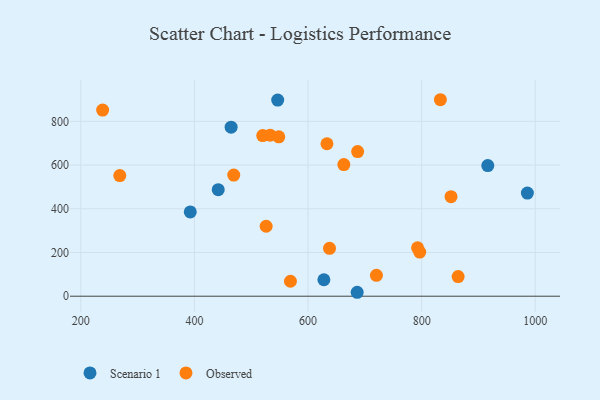
{"axis": {"x": "Speed", "y": "Exam Score"}, "legend": ["Observed", "Scenario 1"], "data": [{"x": "986.1", "y": 472.0, "type": "Scenario 1"}, {"x": "392.7", "y": 385.6, "type": "Scenario 1"}, {"x": "546.6", "y": 897.3, "type": "Scenario 1"}, {"x": "916.4", "y": 597.7, "type": "Scenario 1"}, {"x": "441.9", "y": 487.5, "type": "Scenario 1"}, {"x": "464.6", "y": 773.3, "type": "Scenario 1"}, {"x": "686.5", "y": 18.0, "type": "Scenario 1"}, {"x": "627.9", "y": 75.2, "type": "Scenario 1"}, {"x": "864.2", "y": 89.8, "type": "Observed"}, {"x": "687.3", "y": 661.8, "type": "Observed"}, {"x": "851.7", "y": 455.5, "type": "Observed"}, {"x": "720.4", "y": 95.6, "type": "Observed"}, {"x": "637.8", "y": 219.0, "type": "Observed"}, {"x": "833.0", "y": 899.0, "type": "Observed"}, {"x": "469.2", "y": 554.3, "type": "Observed"}, {"x": "526.3", "y": 320.1, "type": "Observed"}, {"x": "520.2", "y": 734.8, "type": "Observed"}, {"x": "796.6", "y": 202.0, "type": "Observed"}, {"x": "548.5", "y": 729.4, "type": "Observed"}, {"x": "792.8", "y": 221.3, "type": "Observed"}, {"x": "633.3", "y": 697.6, "type": "Observed"}, {"x": "569.0", "y": 68.4, "type": "Observed"}, {"x": "268.6", "y": 552.1, "type": "Observed"}, {"x": "533.3", "y": 736.9, "type": "Observed"}, {"x": "238.4", "y": 851.8, "type": "Observed"}, {"x": "663.0", "y": 602.4, "type": "Observed"}]}